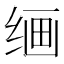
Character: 𰬠